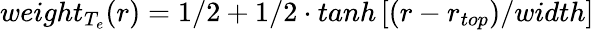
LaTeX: weight_{T_{e}}(r)=1/2+1/2\cdot tanh\left[(r-r_{top})/width\right]